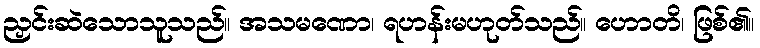
ညှင်းဆဲသောသူသည်။ အသမဏော၊ ရဟန်းမဟုတ်သည်။ ဟောတိ၊ ဖြစ်၏။